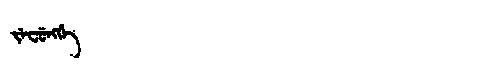
Manchu: ᠵᡝᠸᡠᠩᡤᡝ
Romanization: JEFUNGGE